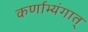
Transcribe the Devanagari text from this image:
कर्णाभ्यंगात्‌